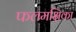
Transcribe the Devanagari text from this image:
फलमक्षिका